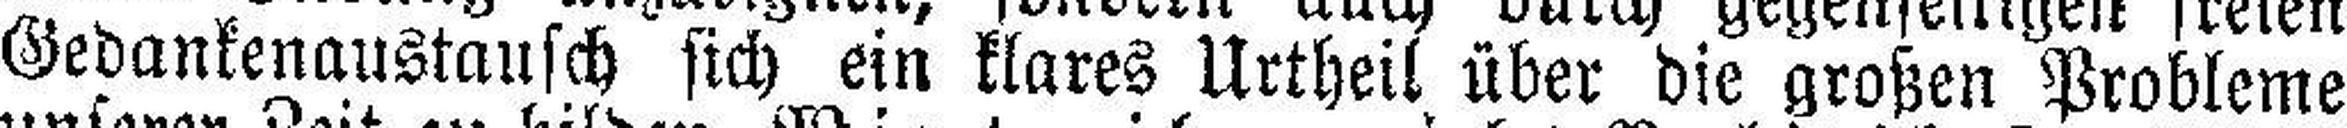
Gedankenaustausch sich ein klares Urtheil über die großen Probleme